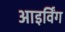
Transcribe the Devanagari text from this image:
आइर्विंग